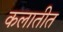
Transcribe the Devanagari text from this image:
कलातीत